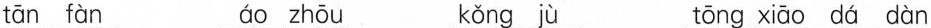
tān fàn áo zhōu kǒng jù tōng xiāo dá dàn